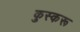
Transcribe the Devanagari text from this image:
कुस्करू